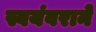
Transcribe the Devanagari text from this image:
स्वयंवराने